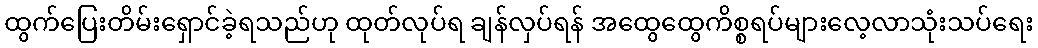
ထွက်ပြေးတိမ်းရှောင်ခဲ့ရသည်ဟု ထုတ်လုပ်ရ ချန်လှပ်ရန် အထွေထွေကိစ္စရပ်များလေ့လာသုံးသပ်ရေး